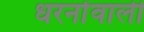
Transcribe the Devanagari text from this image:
धरनोंवाली